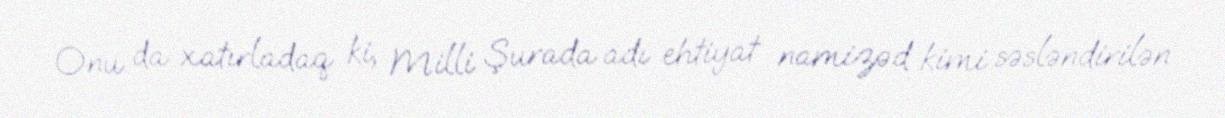
Onu da xatırladaq ki, Milli Şurada adı ehtiyat namizəd kimi səsləndirilən